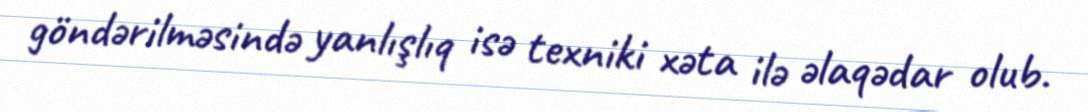
göndərilməsində yanlışlıq isə texniki xəta ilə əlaqədar olub.